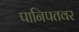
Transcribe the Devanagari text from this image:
पानिपतवर